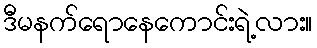
ဒီမနက်ရောနေကောင်းရဲ့လား။